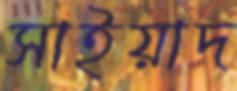
সাইয়াদ